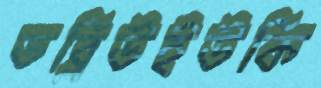
ডব্লিউইউকি